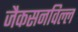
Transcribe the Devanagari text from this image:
जैकसनविल्ल